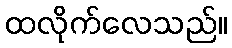
ထလိုက်လေသည်။